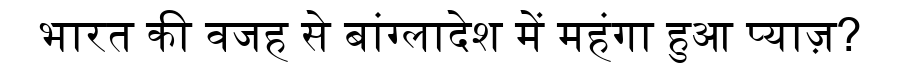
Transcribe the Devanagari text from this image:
भारत की वजह से बांग्लादेश में महंगा हुआ प्याज़?